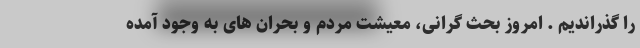
را گذراندیم . امروز بحث گرانی، معیشت مردم و بحران های به وجود آمده